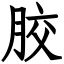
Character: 胶